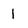
Character: 1